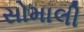
સોમાલી